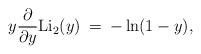
LaTeX: \begin{align*}y \frac{\partial}{\partial y} {\rm Li}_2(y) \: = \: - \ln(1 - y),\end{align*}